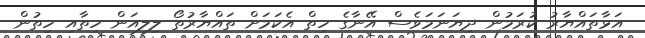
އަޅާތައްޔާރު ކުރަމުން ދިޔަނަމަވެސް އޭނާގެ ހިތް އެކަމަށް ތައްޔާރުތޯ ލިލިއަން ހިތާއި ހިތުން